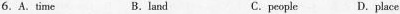
6. A.time B.land C.people D.place